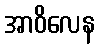
အာဝိလေန